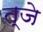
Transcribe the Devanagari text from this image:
त्जे